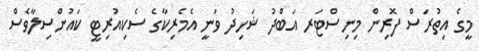
މީގެ އިތުރަސް ފޮރިން މިނިސްޓަރ އަބްދު ޝަހިދު ވަނީ އެމެރިކާގެ ސެކިއުރިޓީ ކައުންސިލާވެސް